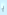
يا